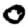
Digit: 0